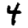
Digit: 4